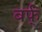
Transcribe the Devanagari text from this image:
बर्फ्